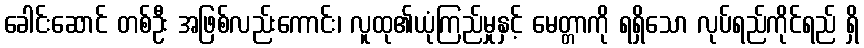
ခေါင်းဆောင် တစ်ဦး အဖြစ်လည်းကောင်း၊ လူထု၏ယုံကြည်မှုနှင့် မေတ္တာကို ရရှိသော လုပ်ရည်ကိုင်ရည် ရှိ